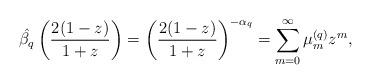
LaTeX: \begin{align*} \hat{\beta_q}\left( \frac{2(1-z)}{1+z} \right) = \left( \frac{2(1-z)}{1+z} \right)^{-\alpha_q} = \sum\limits_{m=0}^{\infty} \mu_{m}^{(q)}z^{m}, \end{align*}